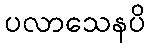
ပလာသေနပိ